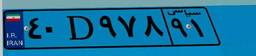
۴۰D۹۷۸۹۱